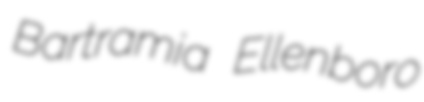
Bartramia Ellenboro